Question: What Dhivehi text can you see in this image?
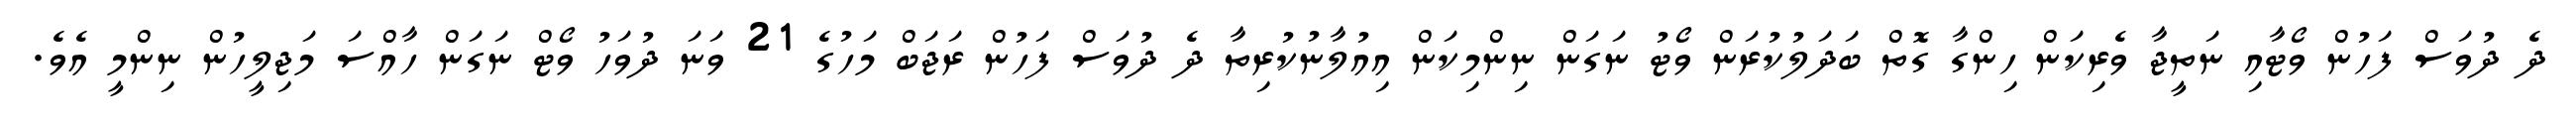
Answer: ދެ ދުވަސް ފަހުން ވޯޓާއި ނަތީޖާ ވެރިކަން ހިންގާ ގޮތް ބަދަލުކުރަން ވޯޓު ނަގަން ނިންމިކަން އިއުލާނުކުރިތާ ދެ ދުވަސް ފަހުން ރަޖަބް މަހުގެ 21 ވަނަ ދުވަހު ވޯޓް ނަގަން ހާއްސަ މަޖިލީހުން ނިންމީ އެވެ.